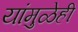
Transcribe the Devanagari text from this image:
यांमुळेही